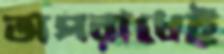
অপরাধেই